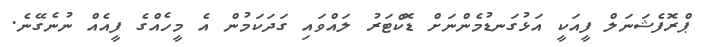
ޕްރޮފެޝަނަލް ފީއަކީ އަޅުގަނޑުމެންނަށް ޑޮކްޓަރު ލައްވައި ގަދަކަމުން އެ މީހެއްގެ ފީއެއް ނުނެގޭނެ.